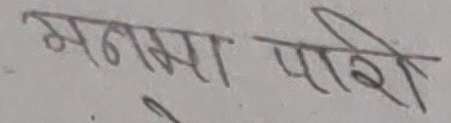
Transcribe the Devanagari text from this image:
मनमा परी